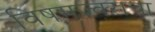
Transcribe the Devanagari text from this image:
विषमज्वराचा